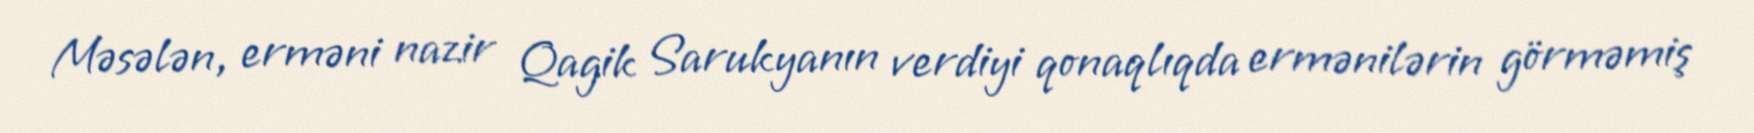
Məsələn, erməni nazir Qagik Sarukyanın verdiyi qonaqlıqda ermənilərin görməmiş